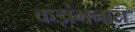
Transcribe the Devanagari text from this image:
कड़ांमनास